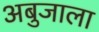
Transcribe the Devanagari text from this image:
अबुजाला